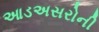
આડઅસરોની